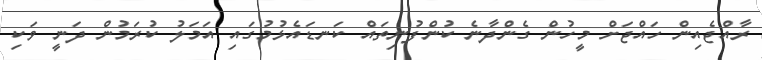
ރާއްޖެއިން ހައްޖަށް މީހުން ގެންދާނެ ކުންފުނިތައް ކަނޑައެޅުމުގައި އަމަލު ކުރަމުން ދަނީ ވަކި